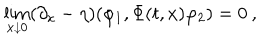
\lim _ { x \downarrow 0 } ( \partial _ { x } - \eta ) ( \varphi _ { 1 } , \Phi ( t , x ) \varphi _ { 2 } ) = 0 \: , \nonumber